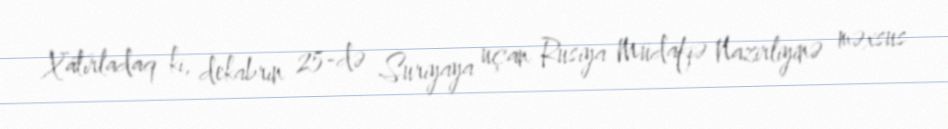
Xatırladaq ki, dekabrın 25-də Suriyaya uçan Rusiya Müdafiə Nazirliyinə məxsus